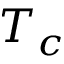
T _ { c }